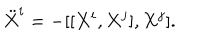
\ddot { X } ^ { i } = - [ [ X ^ { i } , X ^ { j } ] , X ^ { j } ] .